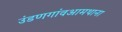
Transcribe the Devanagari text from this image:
उंडणगांवआमथाना